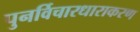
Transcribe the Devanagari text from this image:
पुनर्विचारधाराकरण